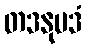
တဒနုပဒံ